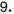
9.